Taavet_Bergmanni_abiraha_sihtasutus, lk 14
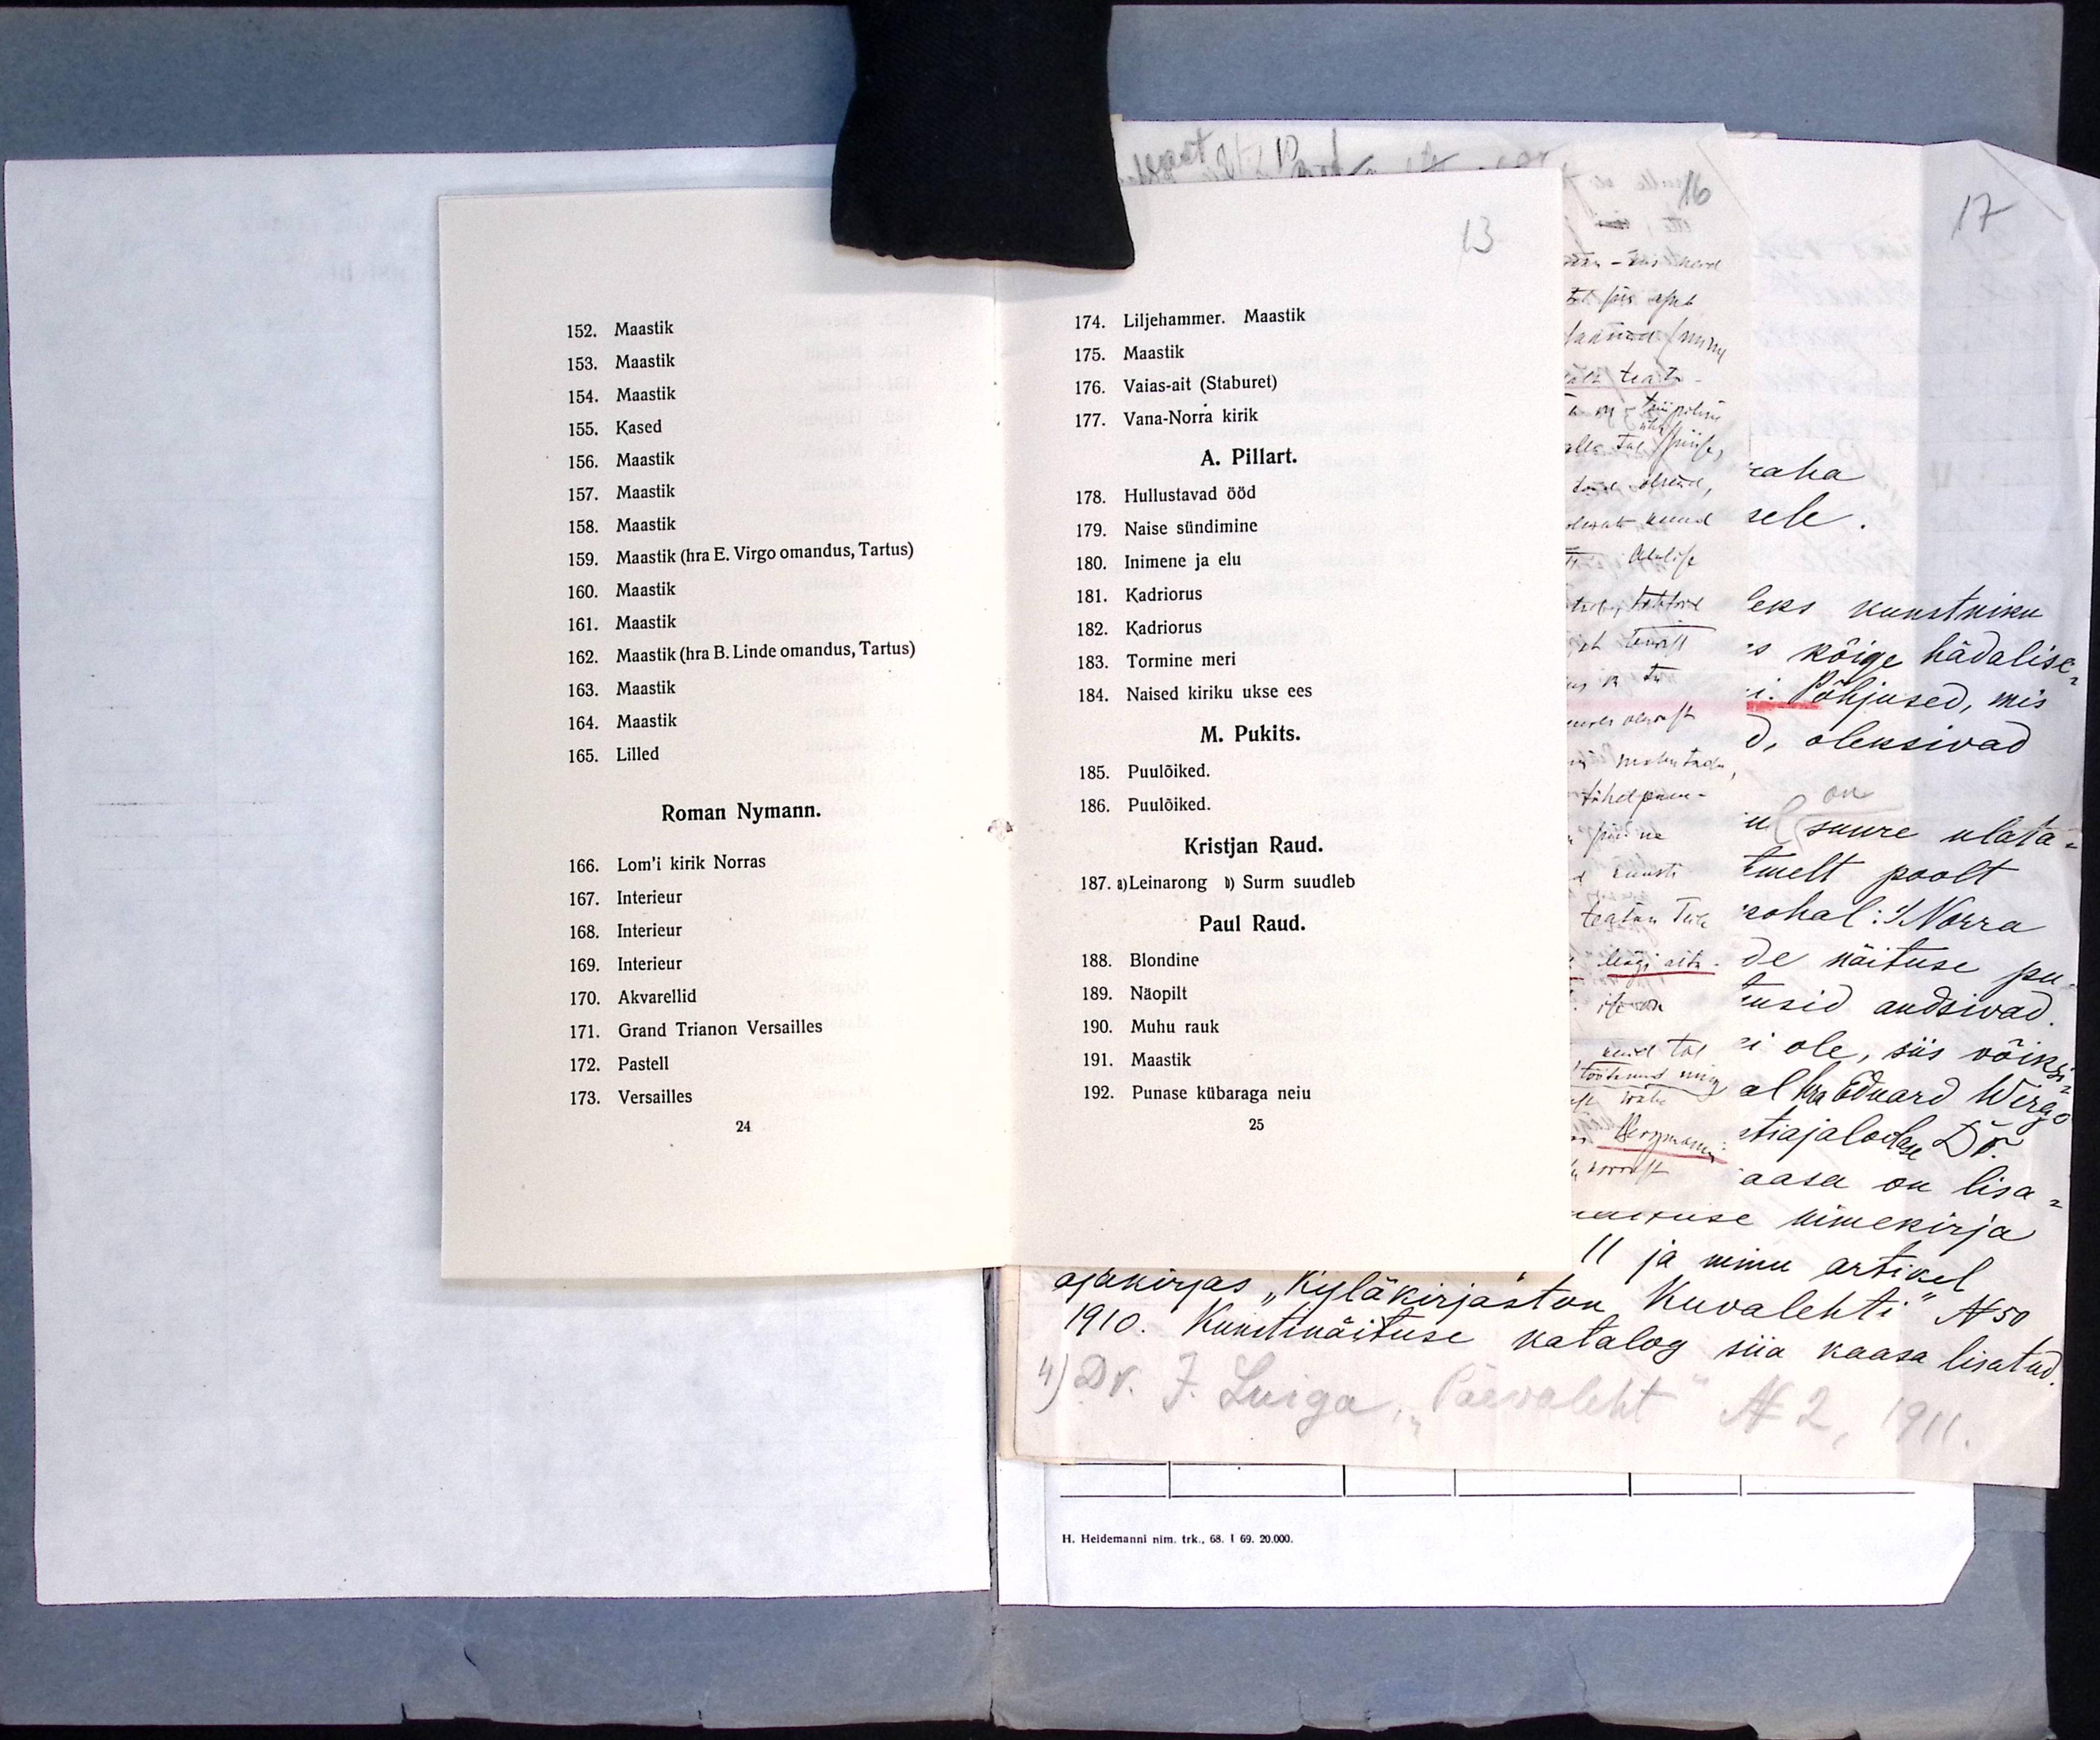
152. Maastik
153. Maastik
154. Maastik
155. Kased
156. Maastik
157. Maastik
158. Maastik
159. Maastik (hra E. Virgo omandus, Tartus)
160. Maastik
161. Maastik
162. Maastik (hra B. Linde omandus, Tartus)
163. Maastik
164. Maastik
165. Lilled
Roman Nymann.
166. Lom'i kirik Norras
167. Interieur
168. Interieur
169. Interieur
170. Akvarellid
171. Grand Trianon Versailles
172. Pastell
173. Versailles
24

13
174. Liljehammer. Maastik
175. Maastik
176. Vaias-ait (Staburet)
177. Vana-Norra kirik
A. Pillart.
178. Hullustavad ööd
179. Naise sündimine
180. Inimene ja elu
181. Kadriorus
182. Kadriorus
183. Tormine meri
184. Naised kiriku ukse ees
M. Pukits.
185. Puulõiked.
186. Puulõiked.
Kristjan Raud.
187. a) Leinarong b) Surm suudleb
Paul Raud.
188. Blondine
189. Näopilt
190. Muhu rauk
191. Maastik
192. Punase kübaraga neiu
25